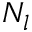
N _ { l }